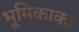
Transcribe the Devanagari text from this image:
भूमिकाका